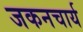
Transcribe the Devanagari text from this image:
जकनचार्य